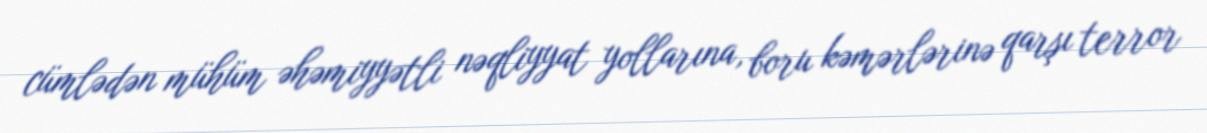
cümlədən mühüm əhəmiyyətli nəqliyyat yollarına, boru kəmərlərinə qarşı terror